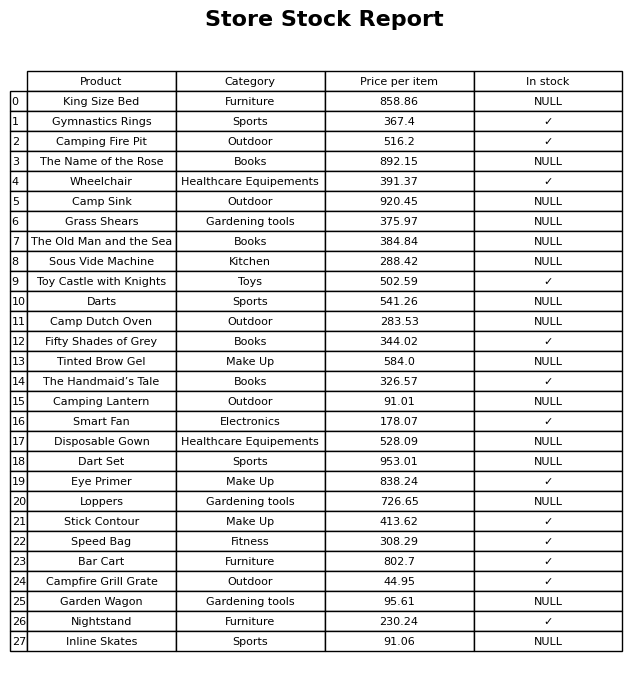
question: Is the Smart Fan in stock?
answer: ✓